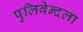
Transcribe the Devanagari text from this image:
पुलिवेन्दला